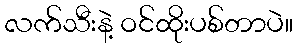
လက်သီးနဲ့ ဝင်ထိုးပစ်တာပဲ။